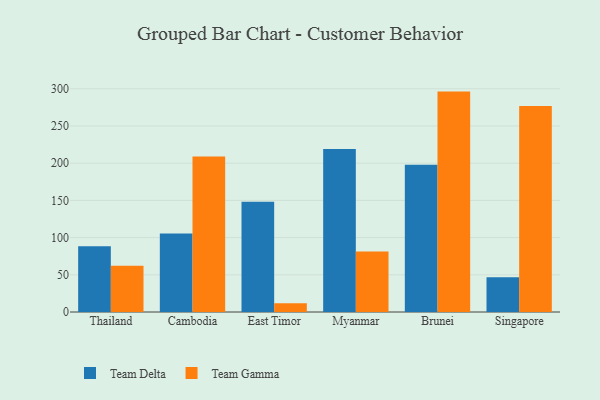
{"axis": {"x": "Country", "y": "Churn Rate (%)"}, "legend": ["Team Delta", "Team Gamma"], "data": [{"x": "Thailand", "y": 88.3, "type": "Team Delta"}, {"x": "Thailand", "y": 62.1, "type": "Team Gamma"}, {"x": "Cambodia", "y": 105.4, "type": "Team Delta"}, {"x": "Cambodia", "y": 208.9, "type": "Team Gamma"}, {"x": "East Timor", "y": 148.2, "type": "Team Delta"}, {"x": "East Timor", "y": 11.6, "type": "Team Gamma"}, {"x": "Myanmar", "y": 219.0, "type": "Team Delta"}, {"x": "Myanmar", "y": 81.4, "type": "Team Gamma"}, {"x": "Brunei", "y": 198.0, "type": "Team Delta"}, {"x": "Brunei", "y": 296.2, "type": "Team Gamma"}, {"x": "Singapore", "y": 46.7, "type": "Team Delta"}, {"x": "Singapore", "y": 277.0, "type": "Team Gamma"}]}